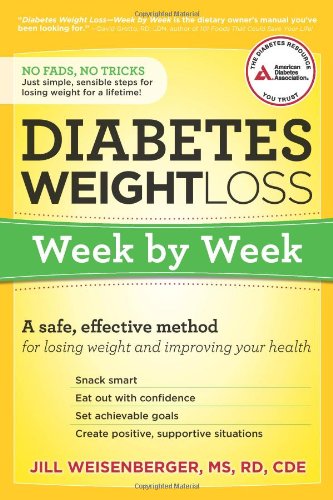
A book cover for Diabetes Weight Loss: Week by Week: A Safe, Effective Method for Losing Weight and Improving Your Health; Jill Weisenberger; Health, Fitness & Dieting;